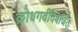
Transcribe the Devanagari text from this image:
क्रोधगर्वविवर्जितः